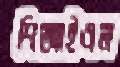
পিআইএল